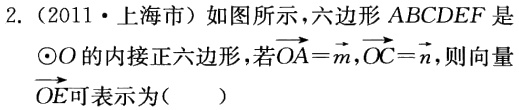
2.（2011·上海市）如图所示，六边形 \(ABCDEF\) 是\(\odot O\) 的内接正六边形，若\(\overrightarrow{OA}=\overrightarrow{m},\overrightarrow{OC}=\overrightarrow{n}\)，则向量\(\overrightarrow{OE}\)可表示为(  )